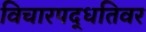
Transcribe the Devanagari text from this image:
विचारपद्धतिवर